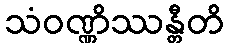
သံဝဏ္ဏိဿန္တီတိ